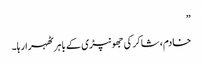
”
خادم، شاکر کی جھونپڑی کے باہر ٹھہرا رہا۔